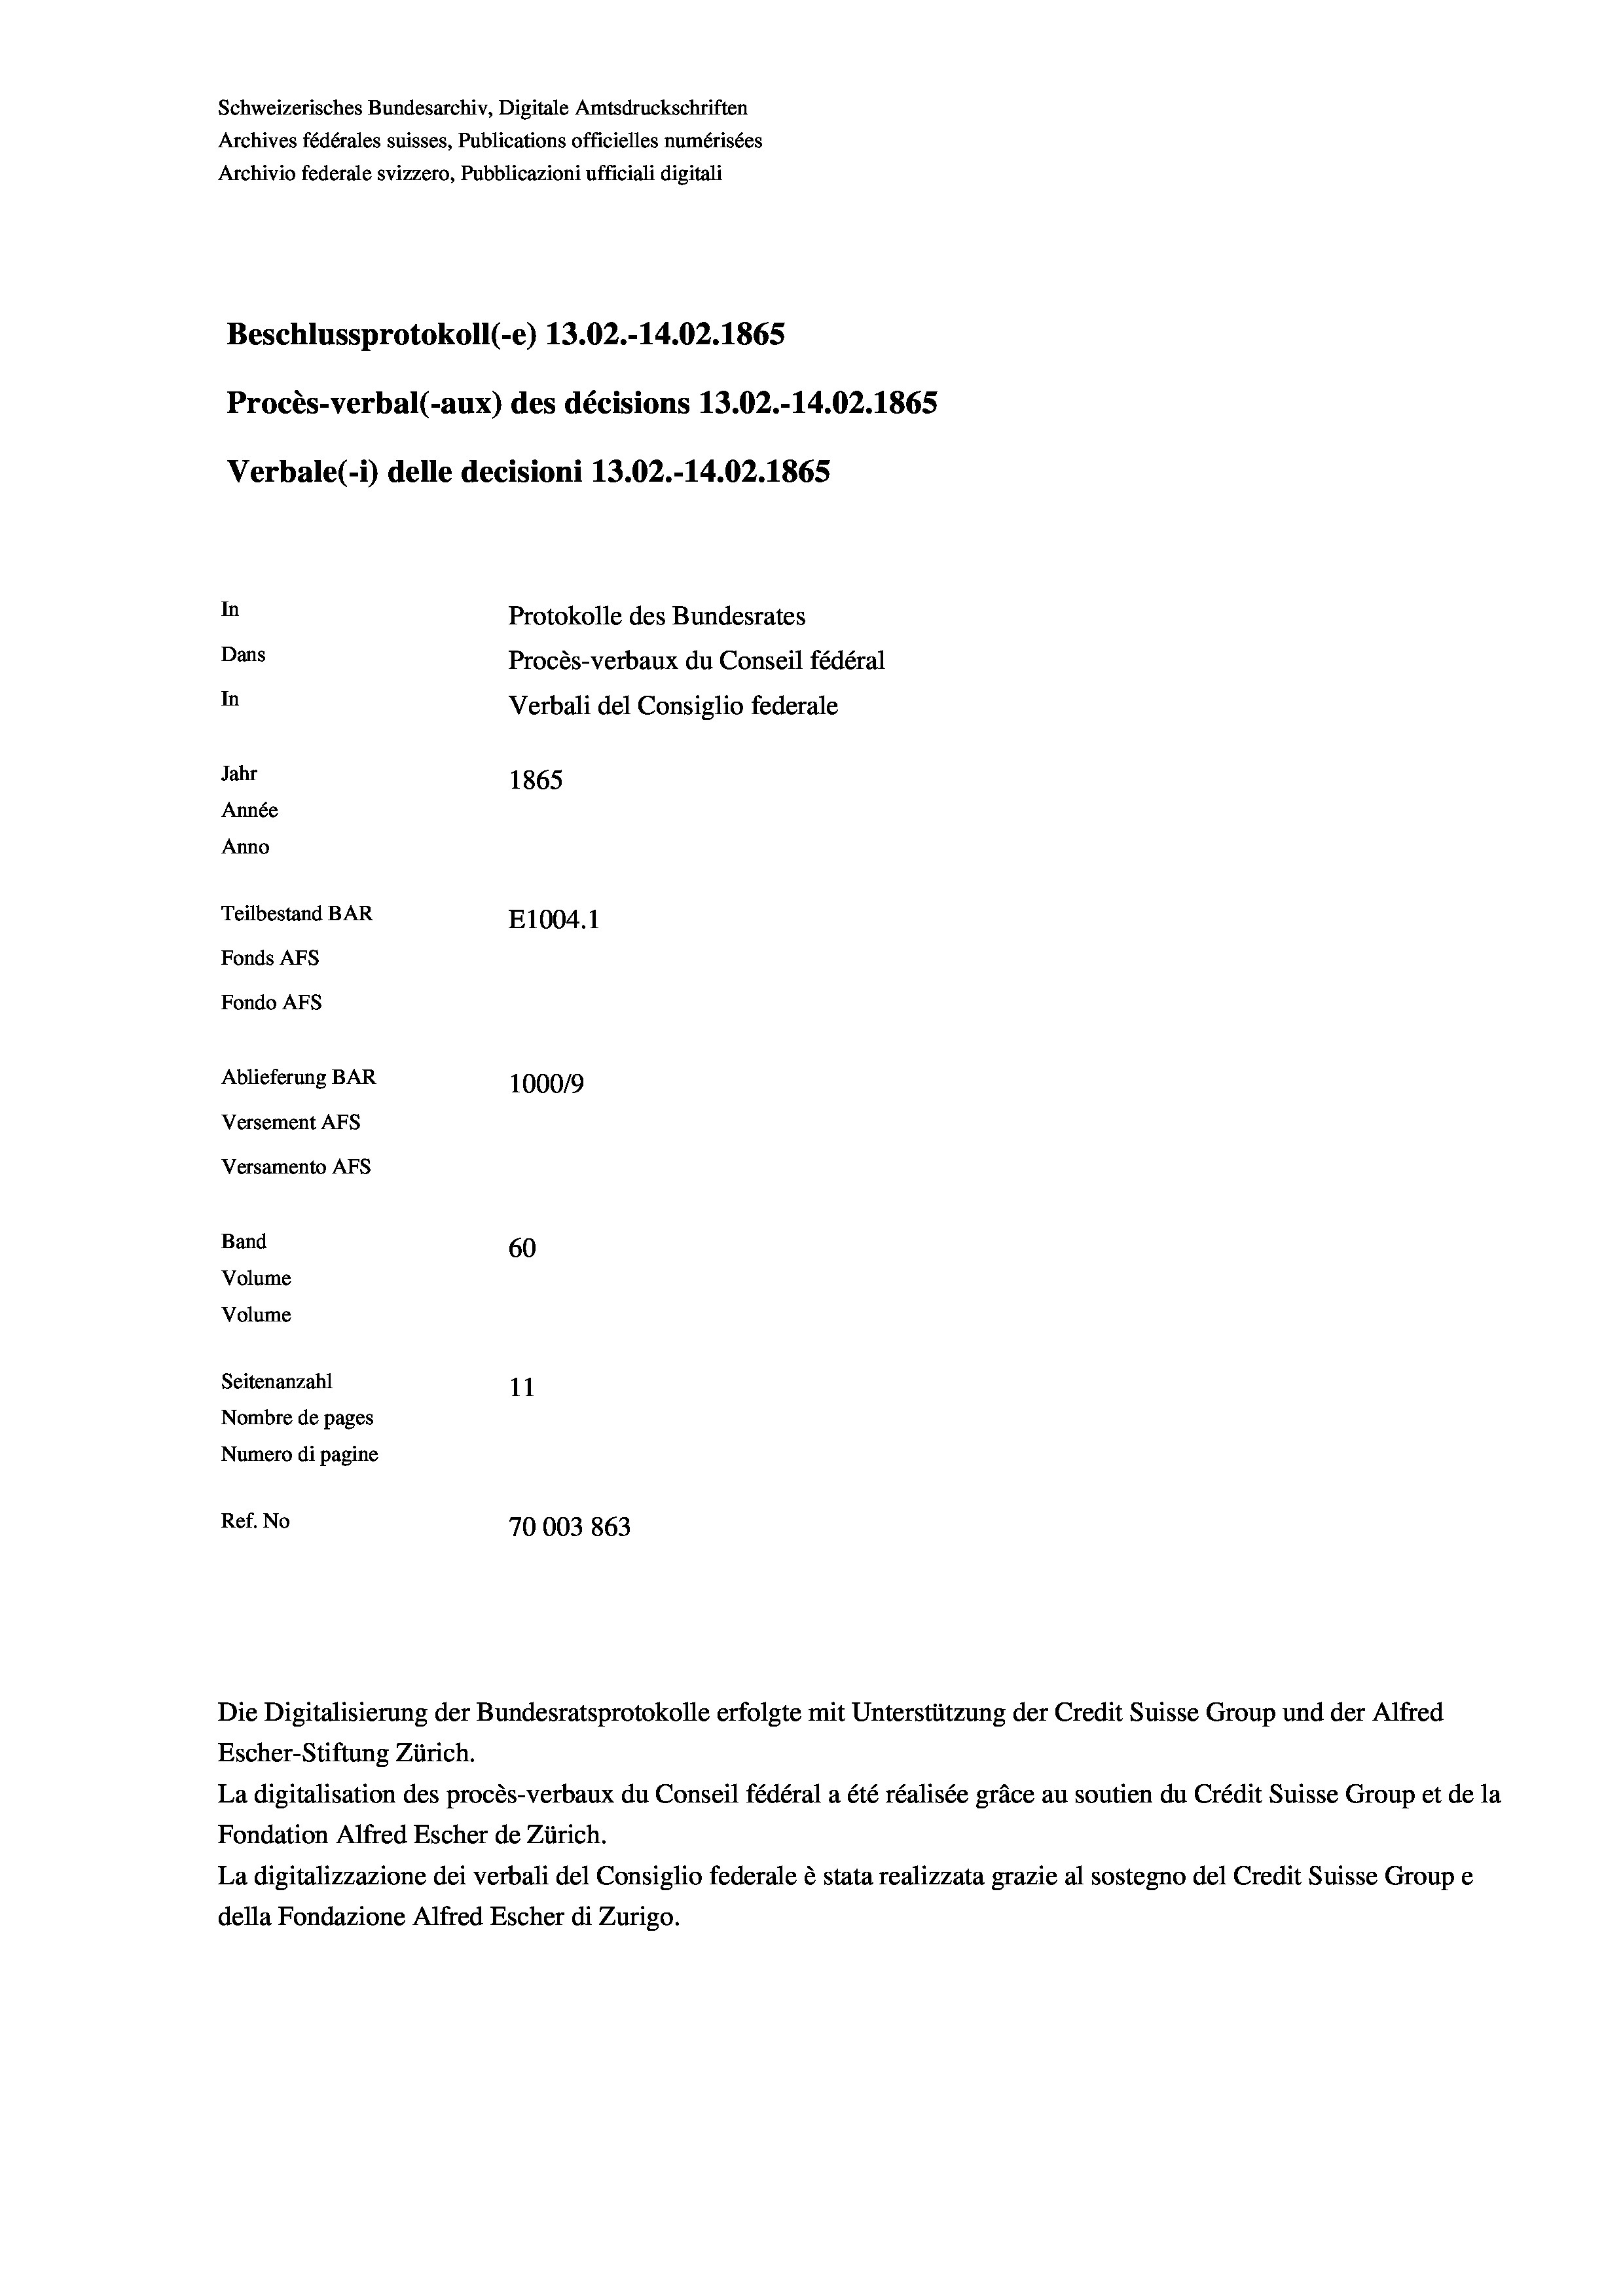
Schweizerisches Bundesarchiv, Digitale Amtsdruckschriften
Archives fédérales suisses, Publications officielles numérisées
Archivio federale svizzero, Pubblicazioni ufficiali digitali
Beschlussprotokoll (-e) 13.02.-14.02. 1865
Procès-verbal (-aux) des décisions 13.02.-14.02. 1865
Verbale(*) delle decisioni 13.02.-14.02. 1865
In
Protokolle des Bundesrates
Dans
Procès-verbaux du Conseil fédéral
In
Verbali del Consiglio federale
Jahr
1865
Année
Anno
Teilbestand BAR
E1004.1
Fonds AFs
Fondo Afs
Ablieferung BAR
100019
Versement AFs
Versamento AFs
Band
60
Volume
Volume
Seitenanzahl
11
Nombre de pages
Numero di pagine
Ref. No
70003863

La digitalisation des procès-verbaux du Conseil fédéral a été réalisée gräce au soutien du Crédit Suisse Group et de la
Fondation Alfred Escher de Zürich.
La digitalizzazione dei verbali del Consiglio federale è stata realizzata grazie al sostegno del Credit Suisse Groupe
della Fondazione Alfred Escher di Zurigo.

Die Digitalisierung der Bundesratsprotokolle erfolgte mit Unterstützung der Credit Suisse Group und der Alfred
Escher-Stiftung Zürich.